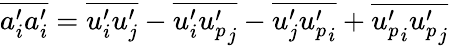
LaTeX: \overline{{a_{i}^{\prime}a_{i}^{\prime}}}=\overline{{u_{i}^{\prime}u_{j}^{\prime}}}-\overline{{u_{i}^{\prime}{u_{p}^{\prime}}_{j}}}-\overline{{u_{j}^{\prime}{u_{p}^{\prime}}_{i}}}+\overline{{{u_{p}^{\prime}}_{i}{u_{p}^{\prime}}_{j}}}